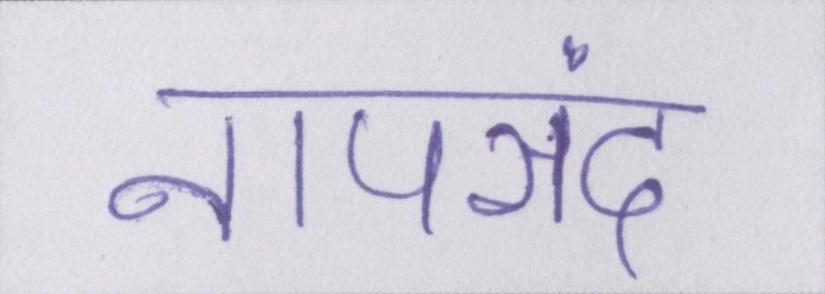
नापसंद